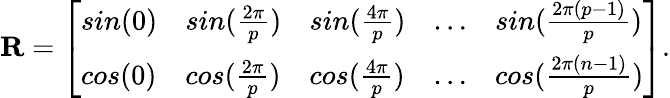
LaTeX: \begin{array}{r}{\mathbf{R}=\left[\begin{array}{lllll}{sin(0)}&{sin(\frac{2\pi}{p})}&{sin(\frac{4\pi}{p})}&{\dots}&{sin(\frac{2\pi(p-1)}{p})}\\ {cos(0)}&{cos(\frac{2\pi}{p})}&{cos(\frac{4\pi}{p})}&{\dots}&{cos(\frac{2\pi(n-1)}{p})}\end{array}\right].}\end{array}